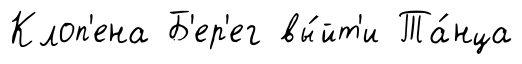
Клоп'ена Б'ер'ег вы́йт'и Та́нца